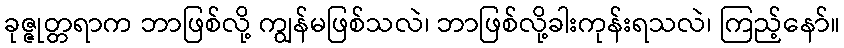
ခုဇ္ဇုတ္တရာက ဘာဖြစ်လို့ ကျွန်မဖြစ်သလဲ၊ ဘာဖြစ်လို့ခါးကုန်းရသလဲ၊ ကြည့်နော်။